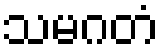
သမဂတံ